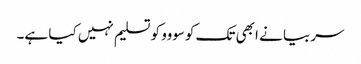
سربیا نے ابھی تک کوسووو کو تسلیم نہیں کیا ہے۔